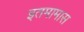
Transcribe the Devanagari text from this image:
इतमामास